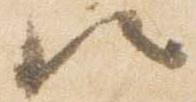
候